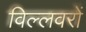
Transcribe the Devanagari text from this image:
विल्लवरों